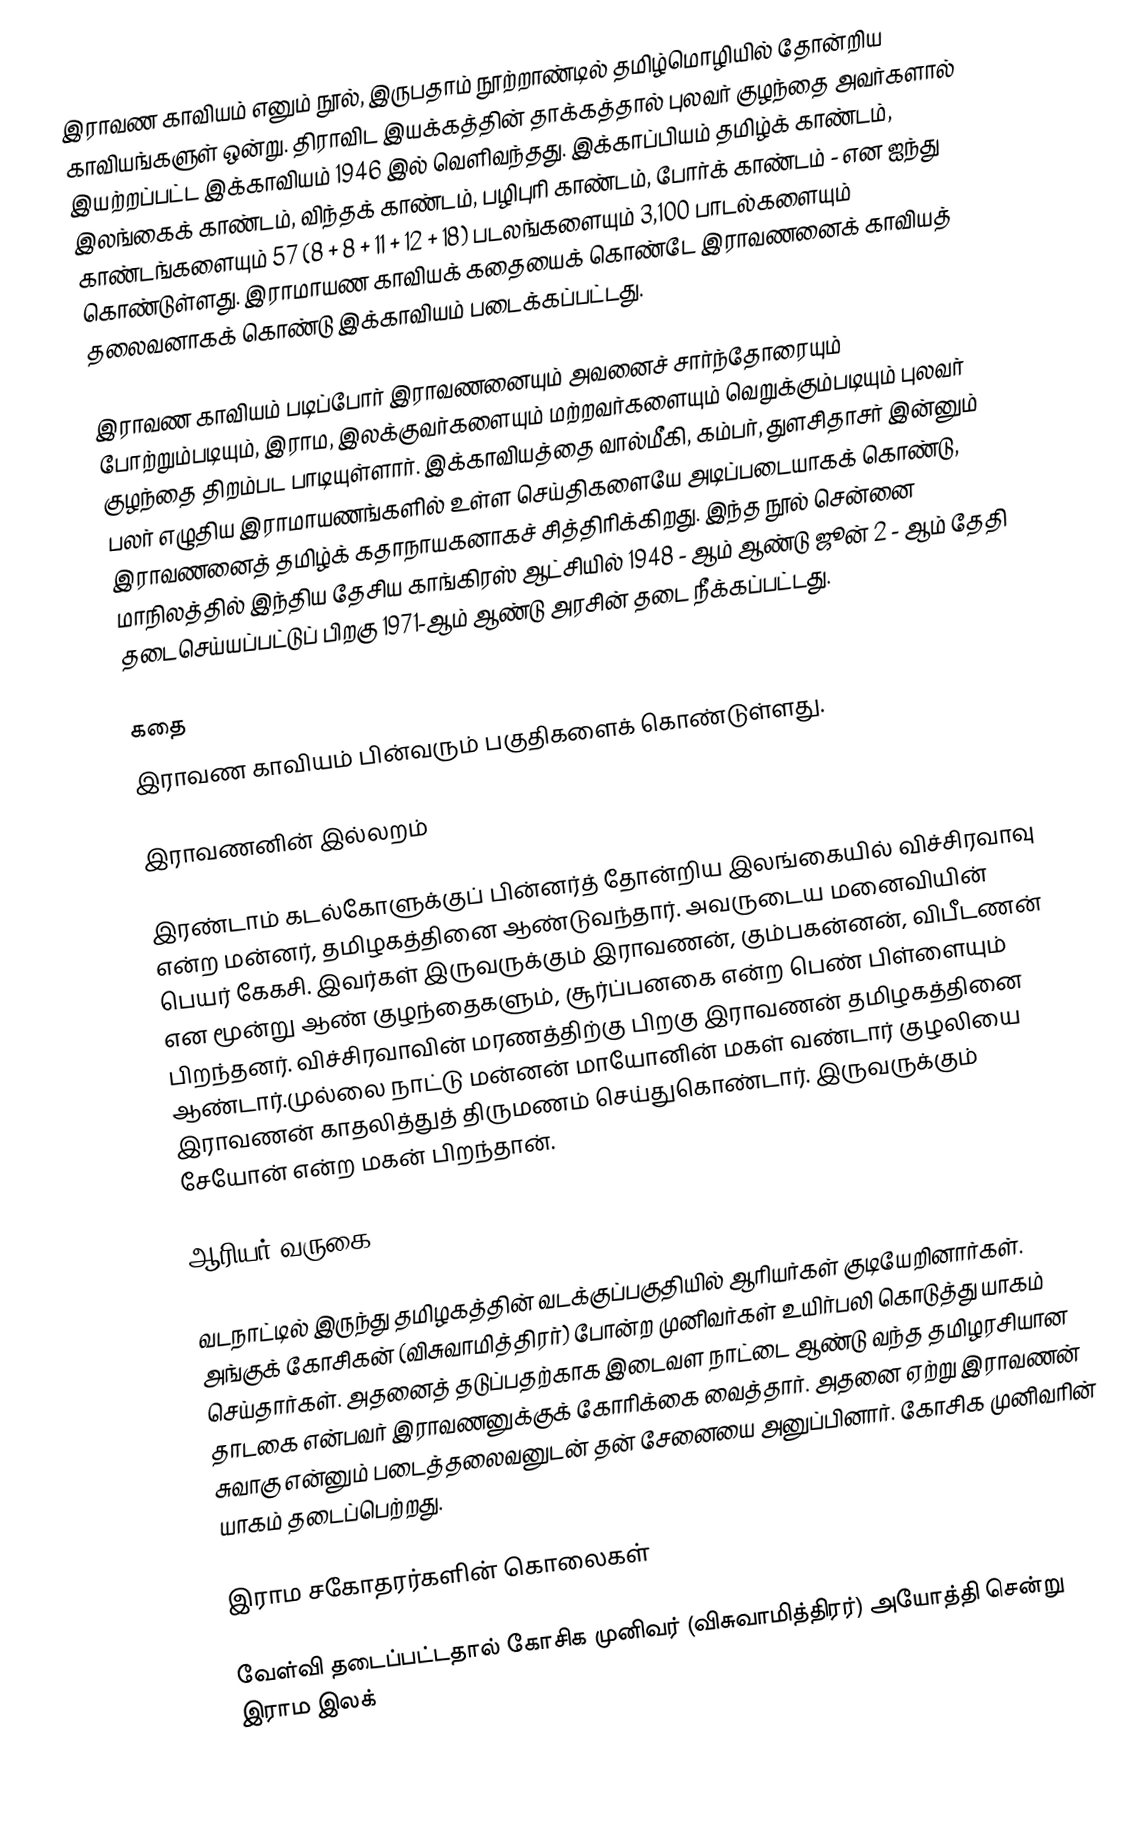
இராவண காவியம் எனும் நூல்,  இருபதாம் நூற்றாண்டில் தமிழ்மொழியில் தோன்றிய காவியங்களுள் ஒன்று. திராவிட இயக்கத்தின் தாக்கத்தால் புலவர் குழந்தை அவர்களால் இயற்றப்பட்ட இக்காவியம் 1946 இல் வெளிவந்தது. இக்காப்பியம் தமிழ்க் காண்டம், இலங்கைக் காண்டம், விந்தக் காண்டம், பழிபுரி காண்டம், போர்க் காண்டம் - என ஐந்து  காண்டங்களையும் 57 (8 + 8 + 11 + 12 + 18) படலங்களையும் 3,100 பாடல்களையும்  கொண்டுள்ளது. இராமாயண காவியக் கதையைக் கொண்டே இராவணனைக் காவியத் தலைவனாகக் கொண்டு இக்காவியம் படைக்கப்பட்டது.

இராவண காவியம் படிப்போர் இராவணனையும் அவனைச் சார்ந்தோரையும் போற்றும்படியும், இராம, இலக்குவர்களையும் மற்றவர்களையும் வெறுக்கும்படியும் புலவர் குழந்தை திறம்பட பாடியுள்ளார். இக்காவியத்தை வால்மீகி, கம்பர், துளசிதாசர் இன்னும் பலர் எழுதிய இராமாயணங்களில் உள்ள செய்திகளையே அடிப்படையாகக் கொண்டு, இராவணனைத் தமிழ்க் கதாநாயகனாகச் சித்திரிக்கிறது. இந்த நூல் சென்னை மாநிலத்தில் இந்திய தேசிய காங்கிரஸ் ஆட்சியில் 1948 - ஆம் ஆண்டு ஜூன் 2 - ஆம் தேதி  தடைசெய்யப்பட்டுப் பிறகு 1971-ஆம் ஆண்டு அரசின் தடை நீக்கப்பட்டது.

கதை
இராவண காவியம் பின்வரும் பகுதிகளைக் கொண்டுள்ளது.

இராவணனின் இல்லறம்

இரண்டாம் கடல்கோளுக்குப் பின்னர்த் தோன்றிய இலங்கையில் விச்சிரவாவு என்ற மன்னர், தமிழகத்தினை ஆண்டுவந்தார். அவருடைய மனைவியின் பெயர் கேகசி. இவர்கள் இருவருக்கும் இராவணன், கும்பகன்னன், விபீடணன் என மூன்று ஆண் குழந்தைகளும், சூர்ப்பனகை என்ற பெண் பிள்ளையும் பிறந்தனர். விச்சிரவாவின் மரணத்திற்கு பிறகு இராவணன் தமிழகத்தினை ஆண்டார்.முல்லை நாட்டு மன்னன் மாயோனின் மகள் வண்டார் குழலியை இராவணன் காதலித்துத் திருமணம் செய்துகொண்டார். இருவருக்கும் சேயோன் என்ற மகன் பிறந்தான்.

ஆரியர் வருகை

வடநாட்டில் இருந்து தமிழகத்தின் வடக்குப்பகுதியில் ஆரியர்கள் குடியேறினார்கள். அங்குக் கோசிகன் (விசுவாமித்திரர்) போன்ற முனிவர்கள் உயிர்பலி கொடுத்து யாகம் செய்தார்கள். அதனைத் தடுப்பதற்காக இடைவள நாட்டை ஆண்டு வந்த தமிழரசியான தாடகை என்பவர் இராவணனுக்குக் கோரிக்கை வைத்தார். அதனை ஏற்று இராவணன் சுவாகு என்னும் படைத்தலைவனுடன் தன் சேனையை அனுப்பினார். கோசிக முனிவரின் யாகம் தடைப்பெற்றது.

இராம சகோதரர்களின் கொலைகள்

வேள்வி தடைப்பட்டதால் கோசிக முனிவர் (விசுவாமித்திரர்) அயோத்தி சென்று இராம இலக்